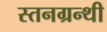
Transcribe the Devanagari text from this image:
स्तनग्रन्थी